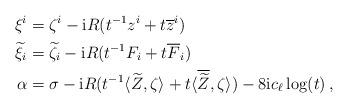
LaTeX: \begin{align*} \xi^{i}&=\zeta^{i}- \mathrm{i}R(t^{-1}z^i +t\overline{z}^i)\\ \widetilde{\xi}_i&=\widetilde{\zeta}_{i}- \mathrm{i}R(t^{-1}F_{i}+t\overline{F}_i)\\ \alpha&= \sigma -\mathrm{i}R(t^{-1}\langle \widetilde{Z},\zeta \rangle +t \langle \overline{\widetilde{Z}}, \zeta \rangle)-8\mathrm{i} c_{\ell}\log(t)\,, \end{align*}